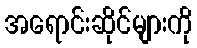
အရောင်းဆိုင်များကို